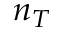
n _ { T }